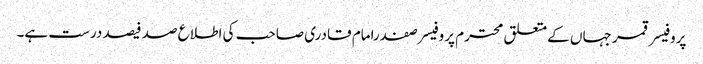
پروفیسر قمر جہاں کے متعلق محترم پروفیسر صفدرامام قادری صاحب کی اطلاع صد فیصد درست ہے۔